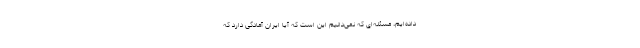
داده‌ایم، مسئله‌ای که نمی‌دانیم این است که آیا ایران آمادگی دارد که